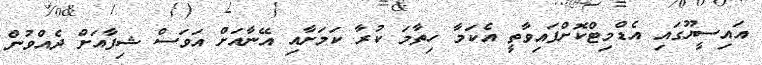
އައިސީޔޫގައި އެޑްމިޓްކޮށްފައިވާތީ އެކަމާ ހިތާމަ ކުރާ ކަމަށާއި އޭނާއަށް އަވަސް ޝިފާއަށް ދެއްވުން